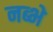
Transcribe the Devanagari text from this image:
नब्भे